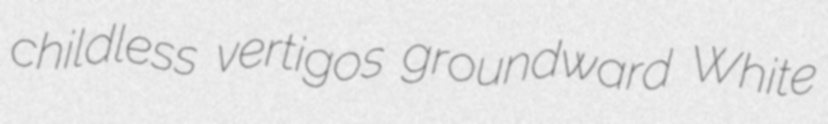
childless vertigos groundward White